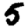
Digit: 5